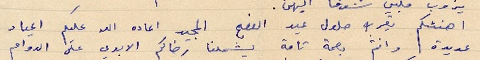
اهنئكم بقرب حلول عيد الفصح المجيد اعاده الله عليكم اعياد